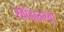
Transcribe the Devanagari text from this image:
रवांडातल्‍या